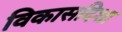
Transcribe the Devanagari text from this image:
विकासदिशा